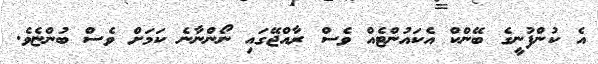
އެ ކުންފުނީގެ ބޭންކް އެކައުންޓެއް ވެސް ރާއްޖޭގައި ނޯންނާނެ ކަމަށް ވެސް ބުންޏެވެ.